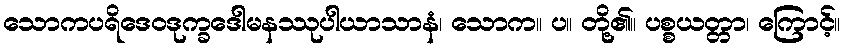
သောကပရိဒေဝဒုက္ခဒေါမနဿုပါယာသာနံ၊ သောက။ ပ။ တို့၏။ ပစ္စယတ္တာ၊ ကြောင့်။